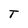
Character: T